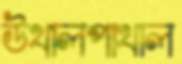
উথালপাথাল